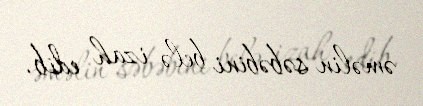
əməlin səbəbini belə izah edib.